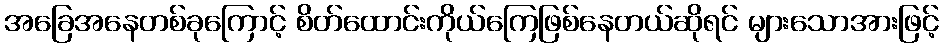
အခြေအနေတစ်ခုကြောင့် စိတ်ထောင်းကိုယ်ကြေဖြစ်နေတယ်ဆိုရင် များသောအားဖြင့်